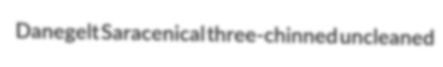
Danegelt Saracenical three-chinned uncleaned